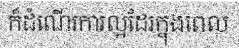
ក៏ដំណើរការល្អដែរក្នុងពេល